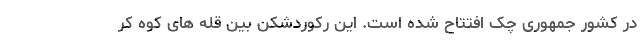
در کشور جمهوری چک افتتاح شده است. این رکوردشکن بین قله های کوه کر